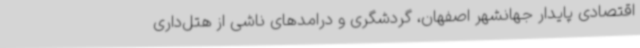
اقتصادی پایدار جهانشهر اصفهان، گردشگری و درامدهای ناشی از هتل‌داری